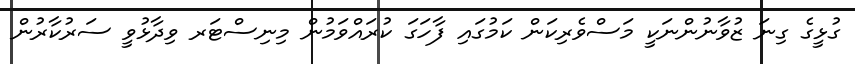
ގުޅީގެ ގިނަ ޒުވާނުންނަކީ މަސްވެރިކަން ކަމުގައި ފާހަގަ ކުރައްވަމުން މިނިސްޓަރ ވިދާޅުވީ ސަރުކާރުން